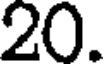
20.